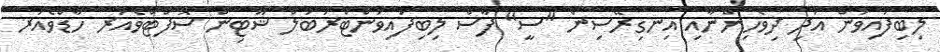
ލިބިފައިވުން އަދި ދިވެހިންނާއި އިނގިރޭސިން "ސީ" ފާސް ލިބިފައިވުންޓްރަބަލް ޝޫޓިން ސޮފްޓްވެއަރ ހާޑްވެއަރ